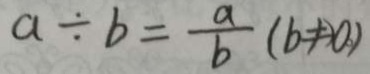
a \div b = \frac { a } { b } ( b \neq 0 )